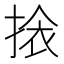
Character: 𭡖